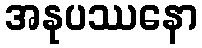
အနုပဿနော